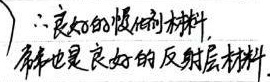
\(\therefore\) 良好的慢化材料，铍也是良好的反射层材料